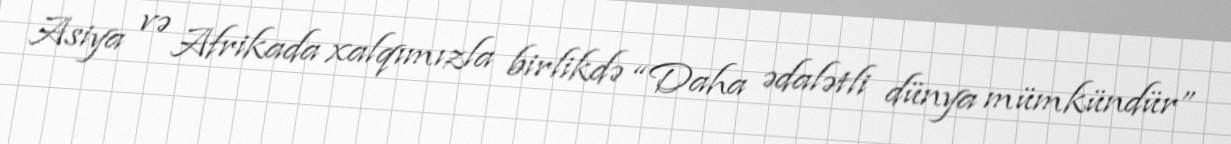
Asiya və Afrikada xalqımızla birlikdə “Daha ədalətli dünya mümkündür”